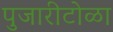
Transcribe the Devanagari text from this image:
पुजारीटोळा